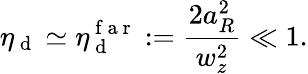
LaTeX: \eta_{\mathrm{~d~}}\simeq\eta_{\mathrm{~d~}}^{\mathrm{~f~a~r~}}:=\frac{2a_{R}^{2}}{w_{z}^{2}}\ll 1.